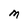
Character: M